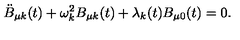
\ddot { B } _ { \mu k } ( t ) + \omega _ { k } ^ { 2 } B _ { \mu k } ( t ) + \lambda _ { k } ( t ) B _ { \mu 0 } ( t ) = 0 .